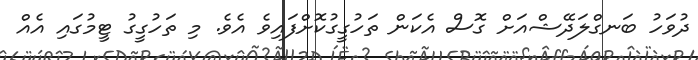
ދުވަހު ބަނގްލަދޭޝްއަށް ގޮސް އެކަން ތަހުގީގުކޮށްފައިވެ އެވެ. މި ތަހުގީގު ޓީމުގައި އެއް